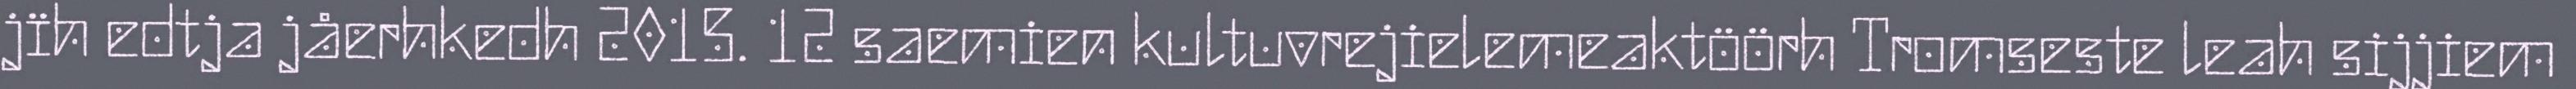
jïh edtja jåerhkedh 2015. 12 saemien kultuvrejielemeaktöörh Tromseste leah sijjiem